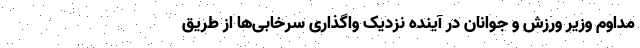
مداوم وزیر ورزش و جوانان در آینده‌ نزدیک واگذاری سرخابی‌ها از طریق